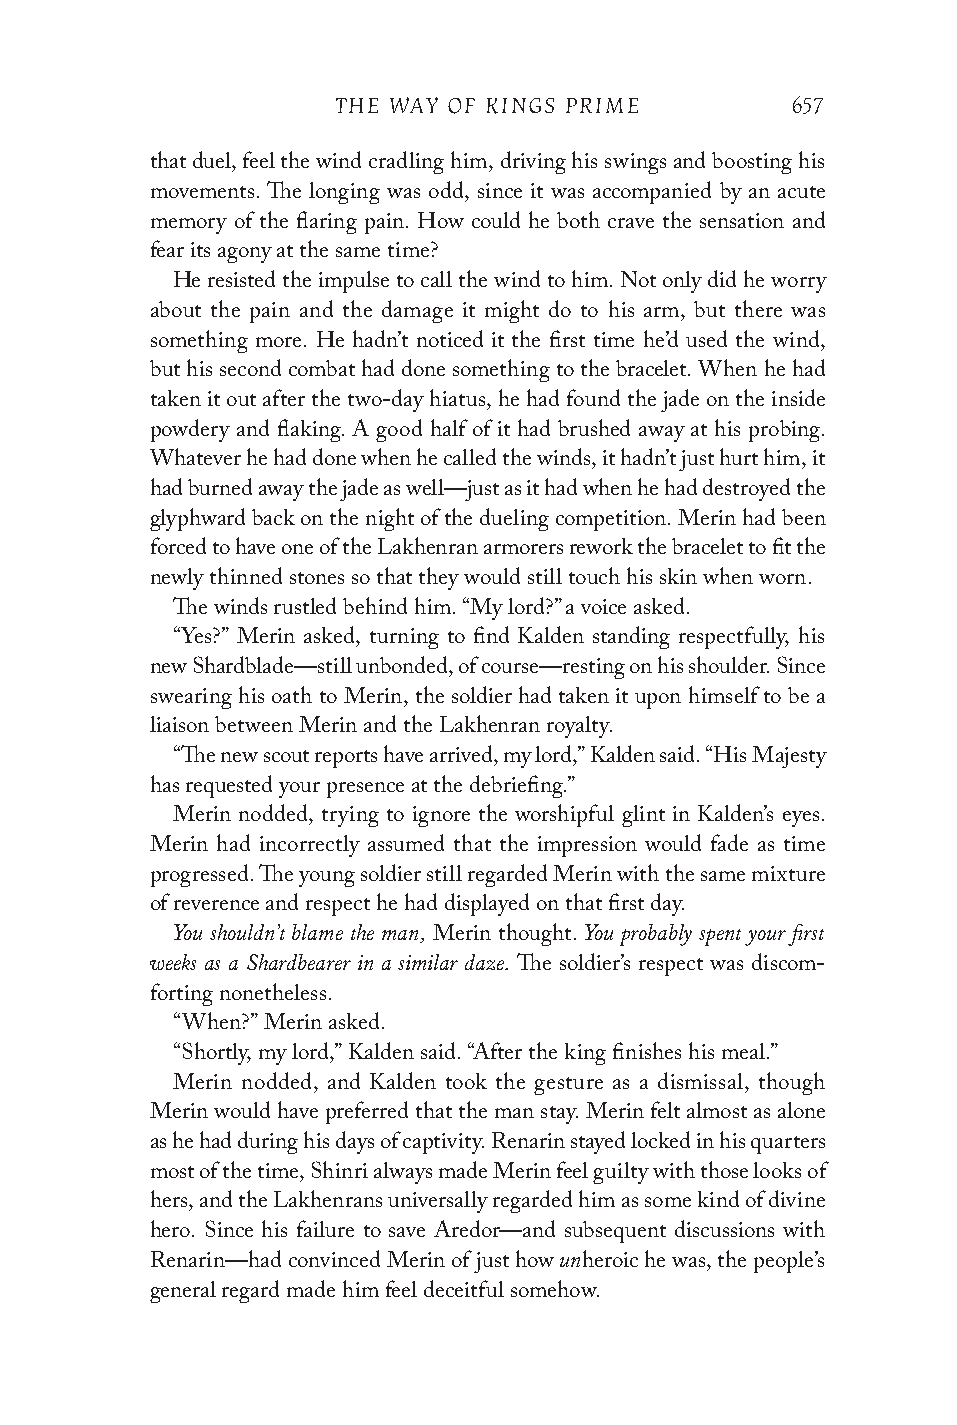
THE WAY OF KINGS PRIME        657
 that duel, feel the wind cradling him, driving his swings and boosting his
 movements. The longing was odd, since it was accompanied by an acute
 memory of the flaring pain. How could he both crave the sensation and
 fear its agony at the same time?
 He resisted the impulse to call the wind to him. Not only did he worry
 about the pain and the damage it might do to his arm, but there was
 something more. He hadn’t noticed it the first time he’d used the wind,
 but his second combat had done something to the bracelet. When he had
 taken it out after the two-day hiatus, he had found the jade on the inside
 powdery and flaking. A good half of it had brushed away at his probing.
 Whatever he had done when he called the winds, it hadn’t just hurt him, it
 had burned away the jade as well—just as it had when he had destroyed the
 glyphward back on the night of the dueling competition. Merin had been
 forced to have one of the Lakhenran armorers rework the bracelet to fit the
 newly thinned stones so that they would still touch his skin when worn.
 The winds rustled behind him. “My lord?” a voice asked.
 “Yes?” Merin asked, turning to find Kalden standing respectfully, his
 new Shardblade—still unbonded, of course—resting on his shoulder. Since
 swearing his oath to Merin, the soldier had taken it upon himself to be a
 liaison between Merin and the Lakhenran royalty.
 “The new scout reports have arrived, my lord,” Kalden said. “His Majesty
 has requested your presence at the debriefing.”
 Merin nodded, trying to ignore the worshipful glint in Kalden’s eyes.
 Merin had incorrectly assumed that the impression would fade as time
 progressed. The young soldier still regarded Merin with the same mixture
 of reverence and respect he had displayed on that first day.
 You shouldn’t blame the man, You probably spent your first
 Merin thought.
 weeks as a Shardbearer in a similar daze.
 The soldier’s respect was discom-
 forting nonetheless.
 “When?” Merin asked.
 “Shortly, my lord,” Kalden said. “After the king finishes his meal.”
 Merin nodded, and Kalden took the gesture as a dismissal, though
 Merin would have preferred that the man stay. Merin felt almost as alone
 as he had during his days of captivity. Renarin stayed locked in his quarters
 most of the time, Shinri always made Merin feel guilty with those looks of
 hers, and the Lakhenrans universally regarded him as some kind of divine
 hero. Since his failure to save Aredor—and subsequent discussions with
 un
 Renarin—had convinced Merin of just how heroic he was, the people’s
 general regard made him feel deceitful somehow.